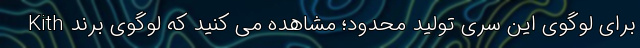
برای لوگوی این سری تولید محدود؛ مشاهده می کنید که لوگوی برند Kith